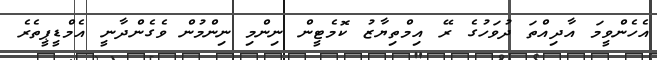
އެހެންވީމަ އާދިއްތަ ދުވަހުގެ ރޭ އިމްތިޔާޒު ކޮމެޓީން ނިންމި ނިންމުން ވެގެންދާނީ އެމްޑީޕީތެރެ